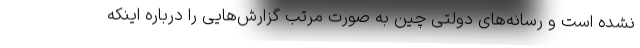
نشده است و رسانه‌های دولتی چین به صورت مرتب گزارش‌هایی را درباره اینکه